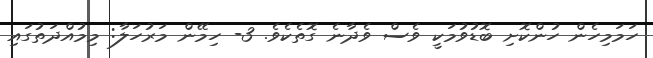
ހަމަމިހެން ހުންކޮށި ބޮޑުވުމަކީ ވެސް ވެދާނެ ގޮތެކެވެ. 3- ހިމޭން މަރުހަލާ: މިމުއްދަތުގައި